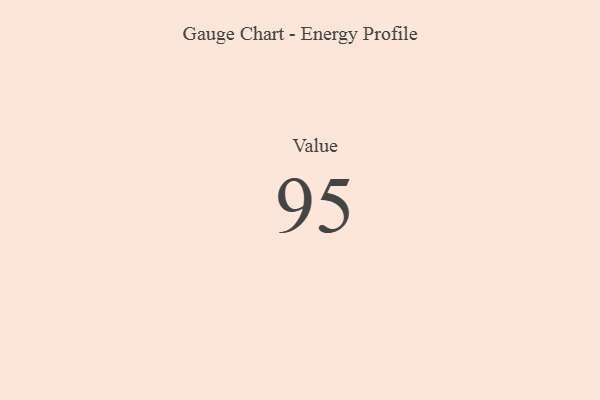
{"axis": {"x": "Metric", "y": "Value"}, "legend": [""], "data": [{"x": "Value", "y": 95, "type": ""}]}